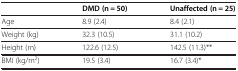
<table><thead><tr><td><b> </b></td><td><b>DMD (n = 50)</b></td><td><b>Unaffected (n = 25)</b></td></tr></thead><tbody><tr><td>Age</td><td>8.9 (2.4)</td><td>8.4 (2.1)</td></tr><tr><td>Weight (kg)</td><td>32.3 (10.5)</td><td>31.1 (10.2)</td></tr><tr><td>Height (m)</td><td>122.6 (12.5)</td><td>142.5 (11.3)**</td></tr><tr><td>BMI (kg/m<sup>2</sup>)</td><td>19.5 (3.4)</td><td>16.7 (3.4)*</td></tr></tbody></table>